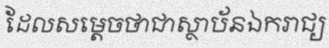
ដែលសម្តេចថាជាស្ថាប័នឯករាជ្យ